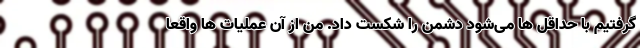
گرفتیم با حداقل ها می‌شود دشمن را شکست داد. من از آن عملیات ها واقعا